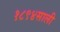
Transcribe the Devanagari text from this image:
१८९४साली